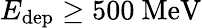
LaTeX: E_{\mathrm{dep}}\geq 500~\mathrm{MeV}